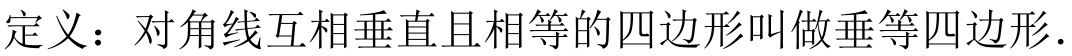
定义：对角线互相垂直且相等的四边形叫做垂等四边形.